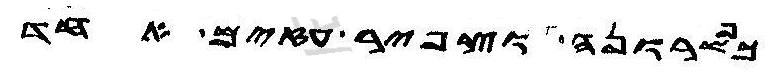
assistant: כפשרונה וצפיר עזים אחד